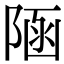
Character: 𨺂